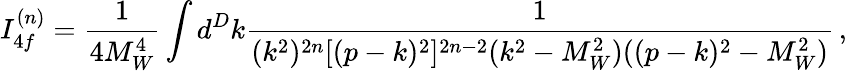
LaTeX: I_{4f}^{(n)}=\frac{1}{4M_{W}^{4}}\int d^{D}k\frac{1}{(k^{2})^{2n}[(p-k)^{2}]^{2n-2}(k^{2}-M_{W}^{2})((p-k)^{2}-M_{W}^{2})}\, ,